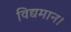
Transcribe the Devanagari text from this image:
विद्यमान।